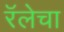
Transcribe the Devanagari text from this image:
रॅलेचा